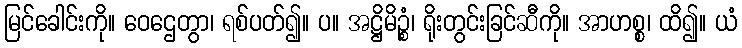
မြင်ခေါင်းကို။ ဝေဌေတွာ၊ ရစ်ပတ်၍။ ပ။ အဋ္ဌိမိဉ္စံ၊ ရိုးတွင်းခြင်ဆီကို။ အာဟစ္စ၊ ထိ၍။ ယံ